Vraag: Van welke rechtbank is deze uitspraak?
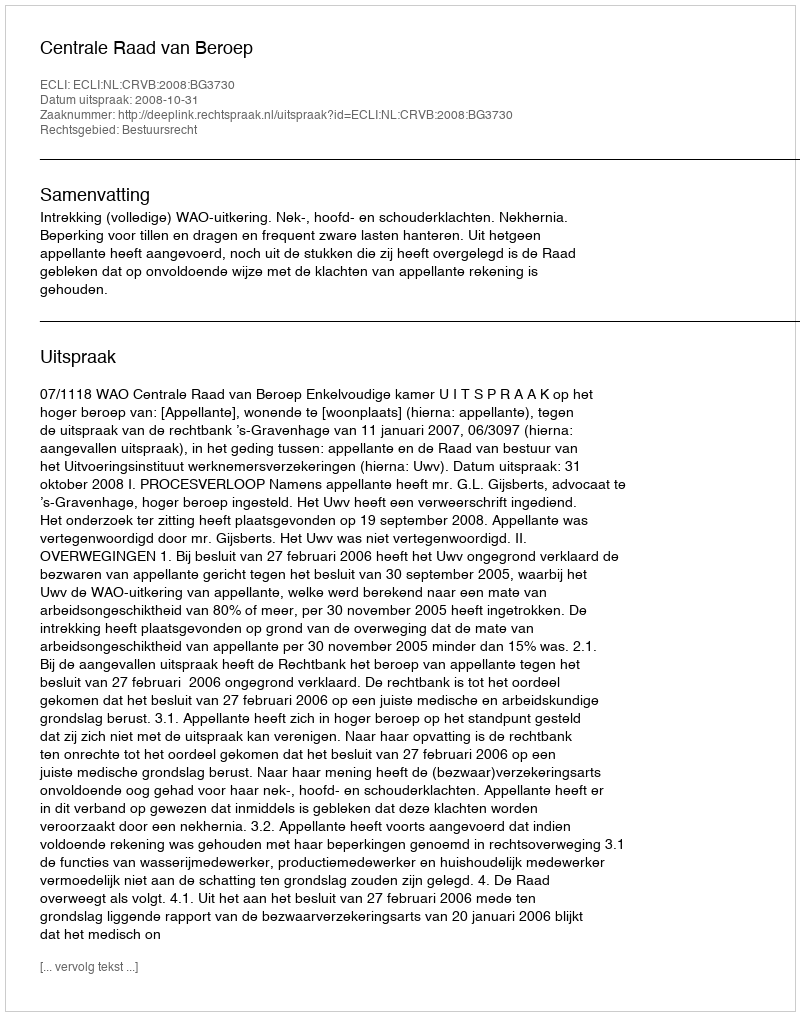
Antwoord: Centrale Raad van Beroep